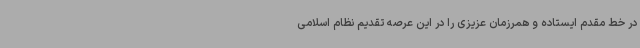
در خط مقدم ایستاده و همرزمان عزیزی را در این عرصه تقدیم نظام اسلامی